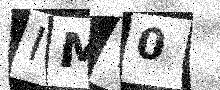
Text: IMY0